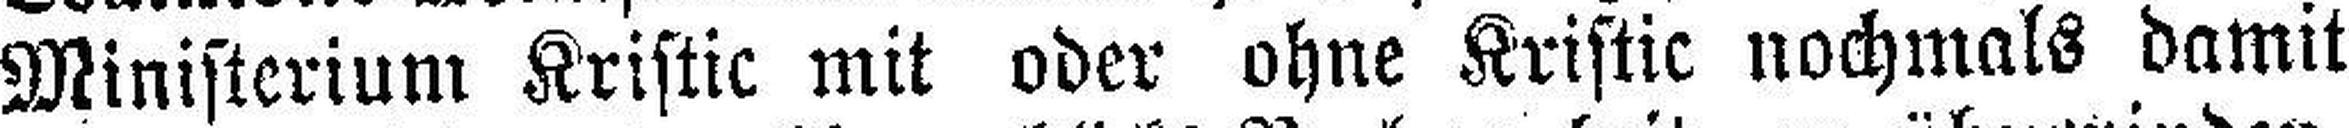
Ministerium Kristic mit oder ohne Kristic nochmals damit